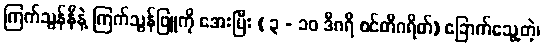
ကြက်သွန်နီနဲ့ ကြက်သွန်ဖြူကို အေးပြီး ( ၃ - ၁၀ ဒီဂရီ စင်တီဂရိတ်) ခြောက်သွေ့တဲ့၊